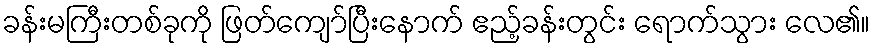
ခန်းမကြီးတစ်ခုကို ဖြတ်ကျော်ပြီးနောက် ဧည့်ခန်းတွင်း ရောက်သွား လေ၏။